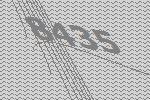
8435